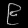
Digit: ၉